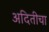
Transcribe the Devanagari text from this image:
अदितीचा